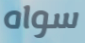
سواه